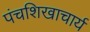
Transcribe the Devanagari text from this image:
पंचशिखाचार्य